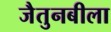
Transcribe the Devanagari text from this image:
जैतुनबीला